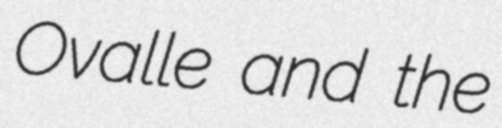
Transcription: Ovalle and the